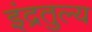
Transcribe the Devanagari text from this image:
इंद्रतुल्य